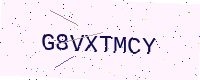
Text: G8VXTMCY